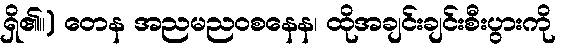
ရှိ၏။) တေန အညမညဝစနေန၊ ထိုအချင်းချင်းစီးပွားကို